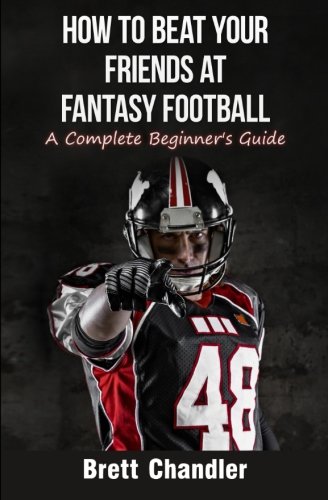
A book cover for How To Beat Your Friends at Fantasy Football: A Complete Beginner's Guide; Brett Chandler; Humor & Entertainment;